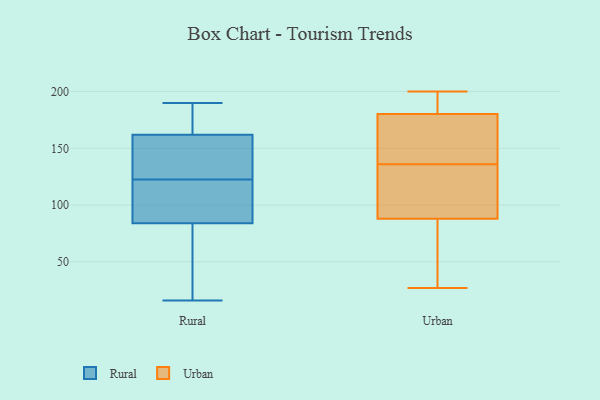
{"axis": {"x": "Satisfaction Score", "y": "Value"}, "legend": ["Rural", "Urban"], "data": [{"x": "", "y": 146, "type": "Rural"}, {"x": "", "y": 127, "type": "Rural"}, {"x": "", "y": 118, "type": "Rural"}, {"x": "", "y": 175, "type": "Rural"}, {"x": "", "y": 84, "type": "Rural"}, {"x": "", "y": 16, "type": "Rural"}, {"x": "", "y": 190, "type": "Rural"}, {"x": "", "y": 39, "type": "Rural"}, {"x": "", "y": 113, "type": "Rural"}, {"x": "", "y": 162, "type": "Rural"}, {"x": "", "y": 169, "type": "Urban"}, {"x": "", "y": 167, "type": "Urban"}, {"x": "", "y": 120, "type": "Urban"}, {"x": "", "y": 184, "type": "Urban"}, {"x": "", "y": 189, "type": "Urban"}, {"x": "", "y": 189, "type": "Urban"}, {"x": "", "y": 163, "type": "Urban"}, {"x": "", "y": 49, "type": "Urban"}, {"x": "", "y": 78, "type": "Urban"}, {"x": "", "y": 118, "type": "Urban"}, {"x": "", "y": 133, "type": "Urban"}, {"x": "", "y": 52, "type": "Urban"}, {"x": "", "y": 136, "type": "Urban"}, {"x": "", "y": 200, "type": "Urban"}, {"x": "", "y": 27, "type": "Urban"}]}